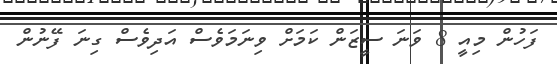
ފަހުން މިއީ 8 ވަނަ ސީޒަން ކަމަށް ވިނަމަވެސް އަދިވެސް ގިނަ ފޭނުން